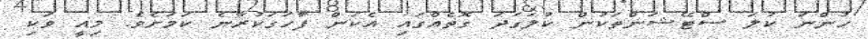
ހުންނަ ކުލަ ސްޓޭޝަންތަކުން ކުލަގަދަ ގޮތެއްގައި އެކަން ފާހަގަކުރާނެ ކަމަށެވެ. މިއީ ވަކި